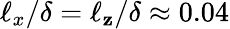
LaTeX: \ell_{x}/\delta=\ell_{\mathbf{z}}/\delta\approx0.04